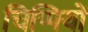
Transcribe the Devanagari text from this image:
चिप्पियों